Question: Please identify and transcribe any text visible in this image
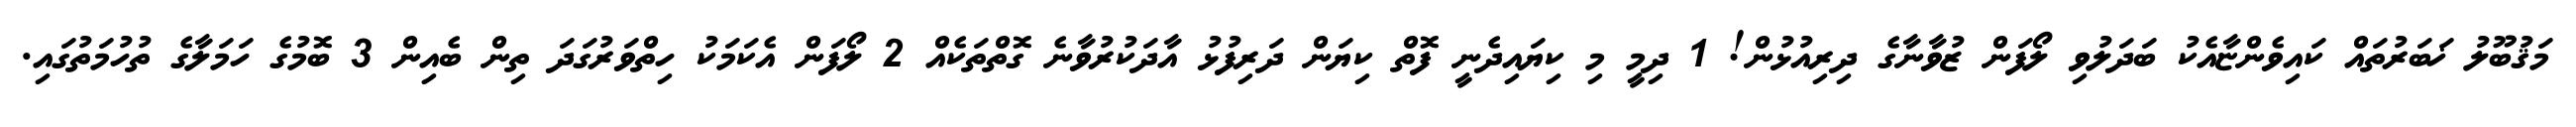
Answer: މަޤުބޫލު ޚަބަރުތައް ކައިވެންޏާއެކު ބަދަލުވި ލޯފަން ޒުވާނާގެ ދިރިއުޅުން! 1 ދިމީ މި ކިޔައިދެނީ ފޮތް ކިޔަން ދަރިފުޅު އާދަކުރުވާނެ ގޮތްތަކެއް 2 ލޯފަން އެކަމަކު ހިތްވަރުގަދަ ތިން ބެއިން 3 ބޮމުގެ ހަމަލާގެ ތުހުމަތުގައި.